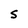
Character: S